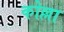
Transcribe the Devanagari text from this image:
कोल्ला